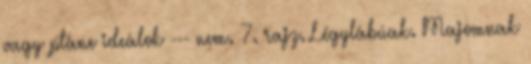
vagy pláne ideálok --- nem. 7. rajz. Légylábúak. Majomnak